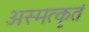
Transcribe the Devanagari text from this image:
अस्मत्कृतं